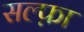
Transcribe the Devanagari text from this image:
सल्फ़ा